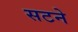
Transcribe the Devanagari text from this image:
सटने